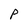
Character: P